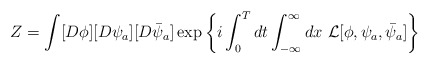
\begin{align*}Z=\int[D\phi][D\psi_a][D\bar\psi_a]\exp\left\{i\int^T_0dt\int^\infty_{-\infty}dx \ {\cal L}[\phi,\psi_a,\bar\psi_a]\right\}\end{align*}